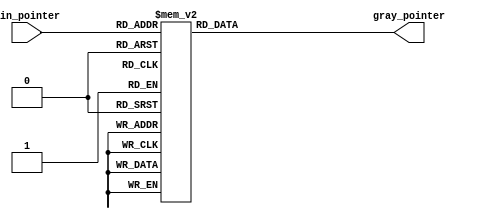
module BINARY_TO_GRAY #(parameter pointer_width=4) (



input [pointer_width-1:0]   bin_pointer,
output reg	[pointer_width-1:0]	 gray_pointer

);

always @(*)
begin
	case(bin_pointer)
		4'd0:
		begin
			gray_pointer = 4'b0000;
		end
		4'd1:
		begin
			gray_pointer = 4'b0001;
		end
		4'd2:
		begin
			gray_pointer = 4'b0011;
		end
		4'd3:
		begin
			gray_pointer = 4'b0010;
		end
		4'd4:
		begin
			gray_pointer = 4'b0110;
		end
		4'd5:
		begin
			gray_pointer = 4'b0111;
		end
		4'd6:
		begin
			gray_pointer = 4'b0101;
		end
		4'd7:
		begin
			gray_pointer = 4'b0100;
		end
		4'd8:
		begin
			gray_pointer = 4'b1100;
		end
		4'd9:
		begin
			gray_pointer = 4'b1101;
		end
		4'd10:
		begin
			gray_pointer = 4'b1111;
		end
		4'd11:
		begin
			gray_pointer = 4'b1110;
		end
		4'd12:
		begin
			gray_pointer = 4'b1010;
		end
		4'd13:
		begin
			gray_pointer = 4'b1011;
		end
		4'd14:
		begin
			gray_pointer = 4'b1001;
		end
		4'd15:
		begin
			gray_pointer = 4'b1000;
		end
		
	endcase
end

endmodule